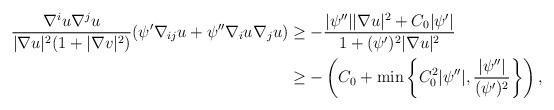
LaTeX: \begin{align*}\frac{\nabla^i u\nabla^j u}{|\nabla u|^2(1+|\nabla v|^2)}(\psi'\nabla_{ij}u+\psi''\nabla_i u\nabla _ju)&\ge -\frac{|\psi''||\nabla u|^2+C_0|\psi'|}{1+(\psi')^2|\nabla u|^2}\\&\ge -\left(C_0+\min\left\{C_0^2|\psi''|,\frac{|\psi''|}{(\psi')^2}\right\}\right),\end{align*}